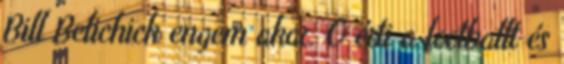
Bill Belichick engem akar. Ő érti a footballt és